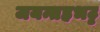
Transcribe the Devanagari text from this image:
जयन्तहभट्ट